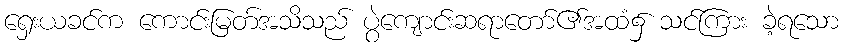
ရှေးယခင်က ကောင်းမြတ်အသိသည် ပွဲကျောင်းဆရာတော်၏အထံ၌ သင်ကြား ခဲ့ရသော